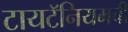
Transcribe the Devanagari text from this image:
टायटॅनियमची